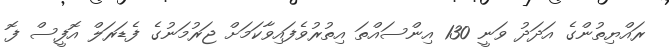
ރައްޔިތުންގެ އަދަދު ވަނީ 130 އިންސައްތަ އިތުރުވެފައިވާކަމަށް ޖަރުމަނުގެ ފެޑަރަލް އޮފީސް ފޮ